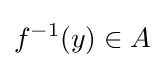
f^{-1}(y)\in A